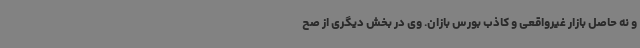
و نه حاصل بازار غیرواقعی و کاذب بورس بازان. وی در بخش دیگری از صح